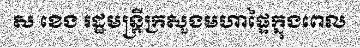
ស ខេង រដ្ឋមន្ត្រីក្រសួងមហាផ្ទៃក្នុងពេល